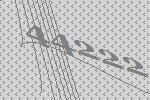
44222